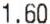
1.60